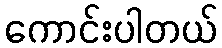
ကောင်းပါတယ်